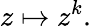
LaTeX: z\mapsto z^{k}.